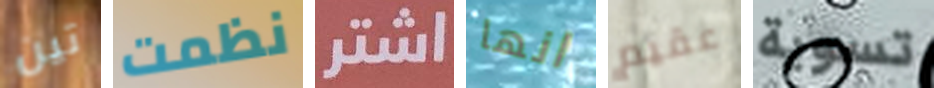
تين نظمت اشتر انها عقيم تسوية